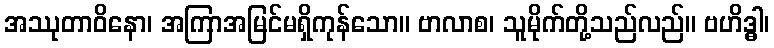
အဿုတာဝိနော၊ အကြာအမြင်မရှိကုန်သော။ ဗာလာစ၊ သူမိုက်တို့သည်လည်။ ဗဟိဒ္ဓါ၊